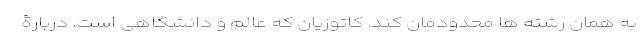
به همان رشته ها محدودمان کند. کاتوزیان که عالم و دانشگاهی است. دربارۀ